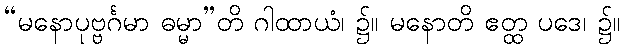
“မနောပုဗ္ဗင်္ဂမာ ဓမ္မာ”တိ ဂါထာယံ၊ ၌။ မနောတိ ဧတ္ထ ပဒေ၊ ၌။